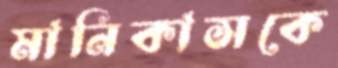
মানিকাসকে